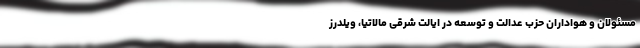
مسئولان و هواداران حزب عدالت و توسعه در ایالت شرقی مالاتیا، ویلدرز